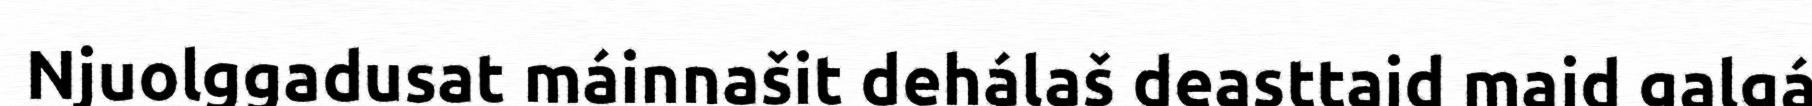
Njuolggadusat máinnašit dehálaš deasttaid maid galgá